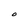
Character: O